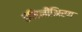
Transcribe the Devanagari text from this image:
इंजिनीअिरग